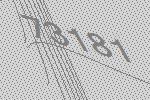
73181